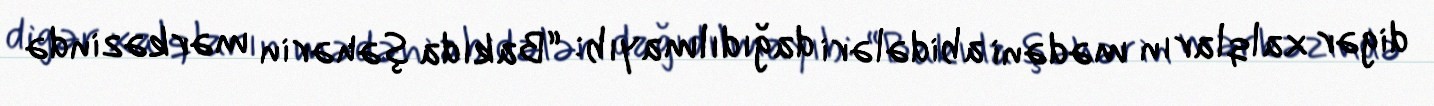
digər xalqların mədəni abidələri dağıdılmayıb: “Bakıda şəhərin mərkəzində